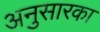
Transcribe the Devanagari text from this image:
अनुसारका